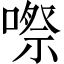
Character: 㗫